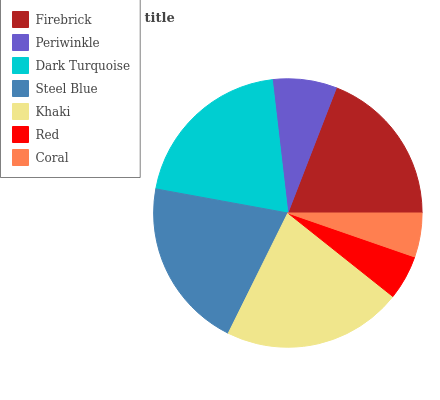
| Firebrick | Periwinkle | Dark Turquoise | Steel Blue | Khaki | Red | Coral |
 | --- | --- | --- | --- | --- | --- | --- |
 | 19.1% | 7.74% | 20.2% | 20.5% | 21.7% | 5.38% | 5.32% |